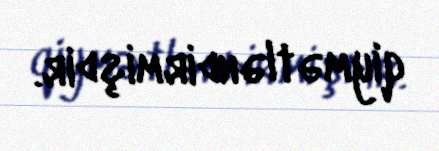
qiymətləndirmişdir.